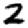
Digit: 2